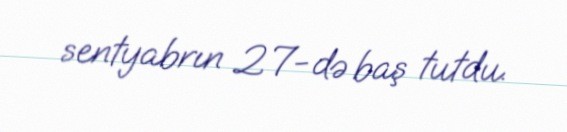
sentyabrın 27-də baş tutdu.